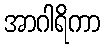
အာဂါရိကာ